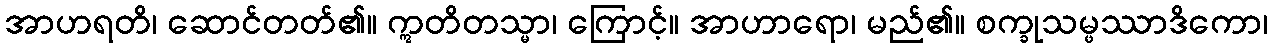
အာဟရတိ၊ ဆောင်တတ်၏။ ဣတိတသ္မာ၊ ကြောင့်။ အာဟာရော၊ မည်၏။ စက္ခုသမ္ဖဿာဒိကော၊